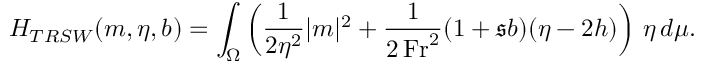
H _ { T R S W } ( \boldsymbol { m } , \eta , b ) = \int _ { \Omega } \left( \frac { 1 } { 2 \eta ^ { 2 } } | \boldsymbol { m } | ^ { 2 } + \frac { 1 } { 2 \, \mathrm { F r } ^ { 2 } } ( 1 + \mathfrak { s } b ) ( \eta - 2 h ) \right) \, \eta \, d \mu .